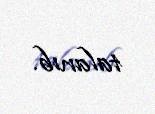
talanıb.